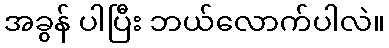
အခွန် ပါပြီး ဘယ်လောက်ပါလဲ။